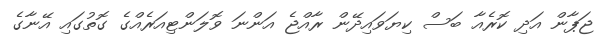
ޖަޕާން އަދި ކޮރެއާ ބަސް ކިޔަވައިދޭން ރާއްޖެ އަންނަ ވޮލަންޓިއަރެއްގެ ގޮތުގައި އޭނާގެ